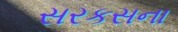
સરકસના